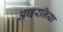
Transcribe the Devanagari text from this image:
आइरनिया